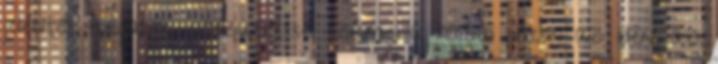
jelentős forgalom-visszaeséssel számol a hazai piacon az idén, az